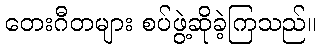
တေးဂီတများ စပ်ဖွဲ့ဆိုခဲ့ကြသည်။